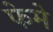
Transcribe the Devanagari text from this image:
फेमे